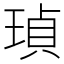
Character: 𤦹